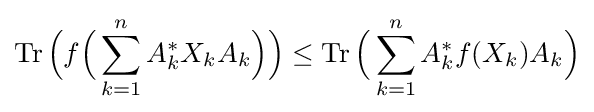
\operatorname {Tr} {\Bigl (}f{\Bigl (}\sum _{k=1}^{n}A_{k}^{*}X_{k}A_{k}{\Bigr )}{\Bigr )}\leq \operatorname {Tr} {\Bigl (}\sum _{k=1}^{n}A_{k}^{*}f(X_{k})A_{k}{\Bigr )}